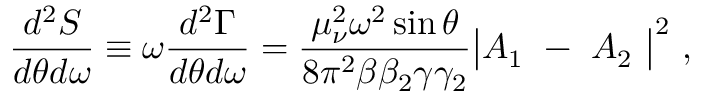
{ \frac { d ^ { 2 } S } { d \theta d \omega } } \equiv \omega { \frac { d ^ { 2 } \Gamma } { d \theta d \omega } } = { \frac { \mu _ { \nu } ^ { 2 } \omega ^ { 2 } \sin \theta } { 8 \pi ^ { 2 } \beta \beta _ { 2 } \gamma \gamma _ { 2 } } } \bigl | A _ { 1 } \ - \ A _ { 2 } \ \bigr | ^ { 2 } \ ,